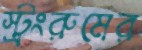
স্ট্রংরুমের